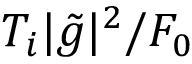
T _ { i } | \tilde { g } | ^ { 2 } / F _ { 0 }